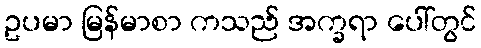
ဥပမာ မြန်မာစာ ကသည် အက္ခရာ ပေါ်တွင်